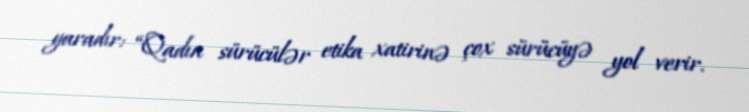
yaradır: “Qadın sürücülər etika xatirinə çox sürücüyə yol verir.